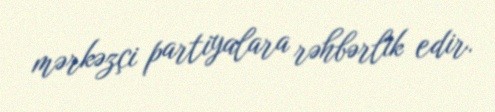
mərkəzçi partiyalara rəhbərlik edir.